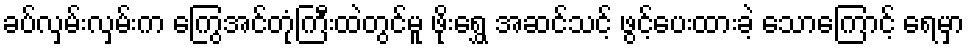
ခပ်လှမ်းလှမ်းက ကြွေအင်တုံကြီးထဲတွင်မူ ဖိုးရွှေ အဆင်သင့် ဖွင့်ပေးထားခဲ့ သောကြောင့် ရေမှာ